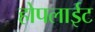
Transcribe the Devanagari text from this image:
होपलाईट